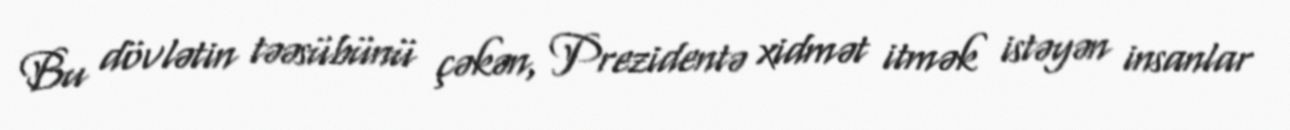
Bu dövlətin təəsübünü çəkən, Prezidentə xidmət itmək istəyən insanlar